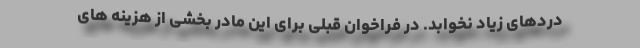
دردهای زیاد نخوابد. در فراخوان قبلی برای این مادر بخشی از هزینه های